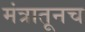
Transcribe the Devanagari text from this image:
मंत्रातूनच